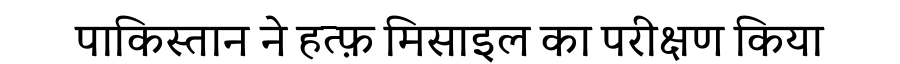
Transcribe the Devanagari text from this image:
पाकिस्तान ने हत्फ़ मिसाइल का परीक्षण किया